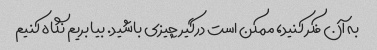
به آن فکر کنید، ممکن است درگیر چیزی باشید. بیا بریم نگاه کنیم